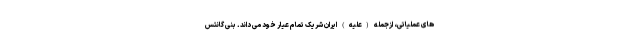
های عملیاتی، ازجمله (علیه) ایران شریک تمام عیار خود می داند. بنی گانتس